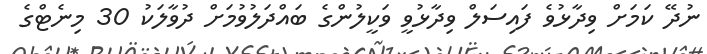
ނުދޭ ކަމަށް ވިދާޅުވެ ފައިސަލް ވިދާޅުވީ ވަކީލުންގެ ބައްދަލުވުމަށް ދުވާލަކު 30 މިނެޓްގެ